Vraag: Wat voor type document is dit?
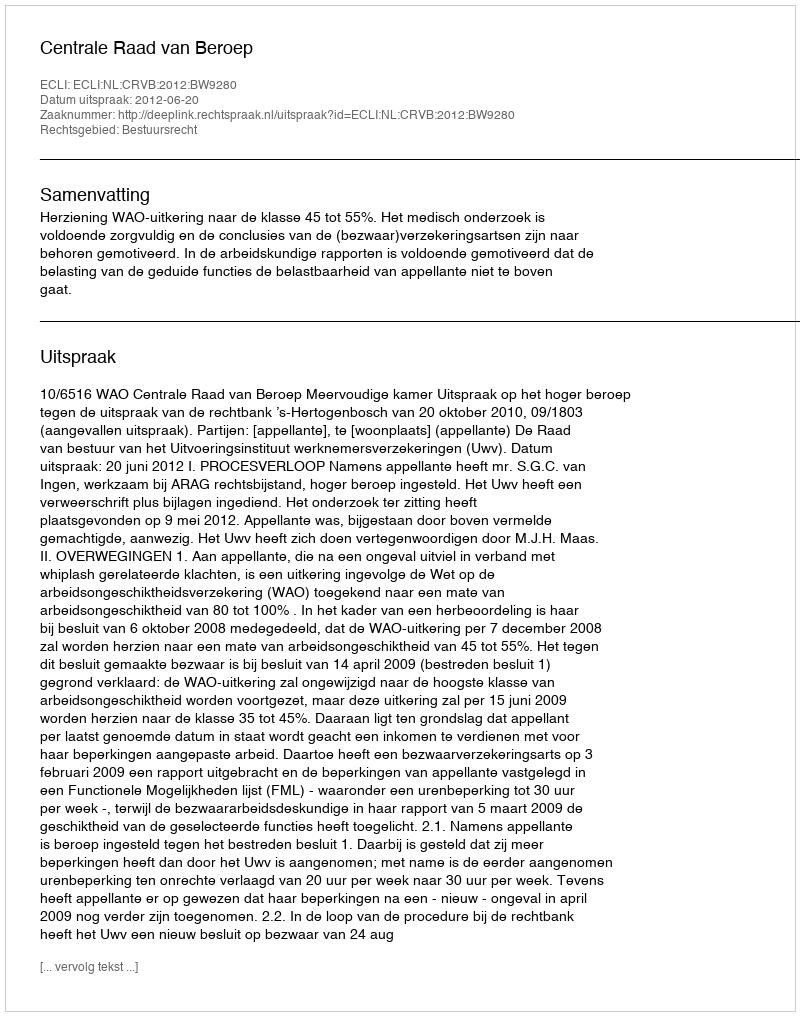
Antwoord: Uitspraak